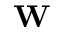
\mathbf { W }